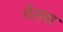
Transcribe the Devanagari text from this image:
गेलस